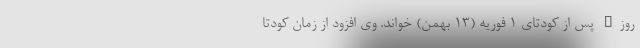
روز" پس از کودتای 1 فوریه (13 بهمن) خواند. وی افزود از زمان کودتا